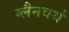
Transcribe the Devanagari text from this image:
ग्लैनवर्थ